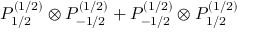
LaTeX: P _ { 1 / 2 } ^ { ( 1 / 2 ) } \otimes P _ { - 1 / 2 } ^ { ( 1 / 2 ) } + P _ { - 1 / 2 } ^ { ( 1 / 2 ) } \otimes P _ { 1 / 2 } ^ { ( 1 / 2 ) }